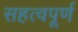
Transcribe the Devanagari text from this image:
सहत्वपूर्ण